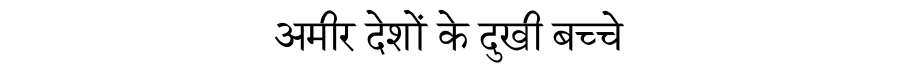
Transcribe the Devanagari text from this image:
अमीर देशों के दुखी बच्चे